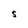
Character: S